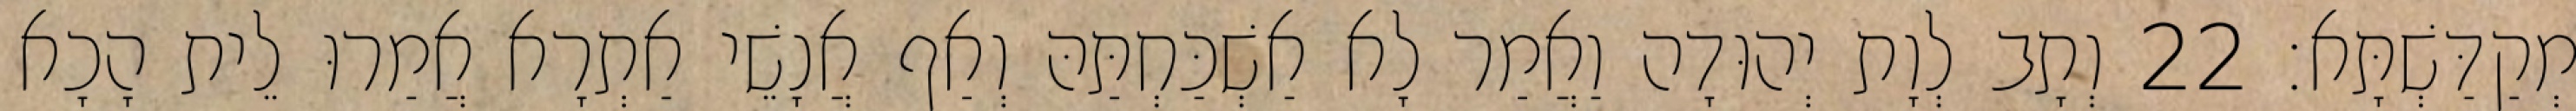
מְקַדַּשְׁתָּא׃ 22 וְתָב לְוָת יְהוּדָה וַאֲמַר לָא אַשְׁכַּחְתַּהּ וְאַף אֲנָשֵׁי אַתְרָא אֲמַרוּ לֵית הָכָא